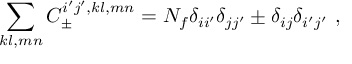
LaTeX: \sum _ { k l , m n } C _ { \pm } ^ { i ^ { \prime } j ^ { \prime } , k l , m n } = N _ { f } \delta _ { i i ^ { \prime } } \delta _ { j j ^ { \prime } } \pm \delta _ { i j } \delta _ { i ^ { \prime } j ^ { \prime } } \ ,